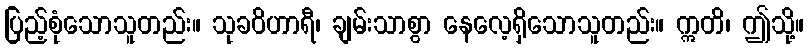
ပြည့်စုံသောသူတည်း။ သုခဝိဟာရီ၊ ချမ်းသာစွာ နေလေ့ရှိသောသူတည်း။ ဣတိ၊ ဤသို့။